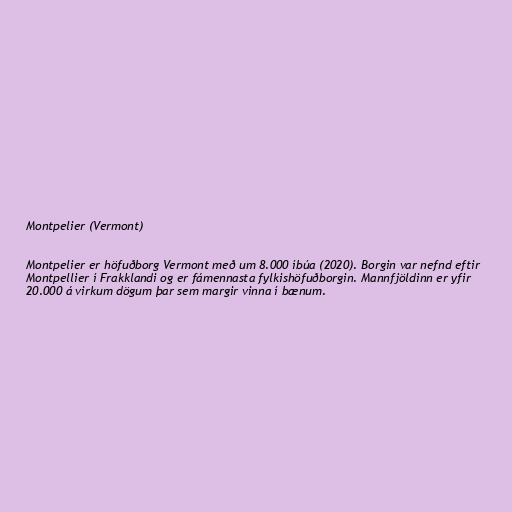
Montpelier (Vermont)

Montpelier er höfuðborg Vermont með um 8.000 íbúa (2020). Borgin var nefnd eftir
Montpellier í Frakklandi og er fámennasta fylkishöfuðborgin. Mannfjöldinn er yfir
20.000 á virkum dögum þar sem margir vinna í bænum.